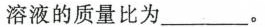
溶液的质量比为___。